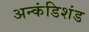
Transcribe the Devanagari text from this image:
अन्कंडिशंड